Aleksander_Warma, lk 11
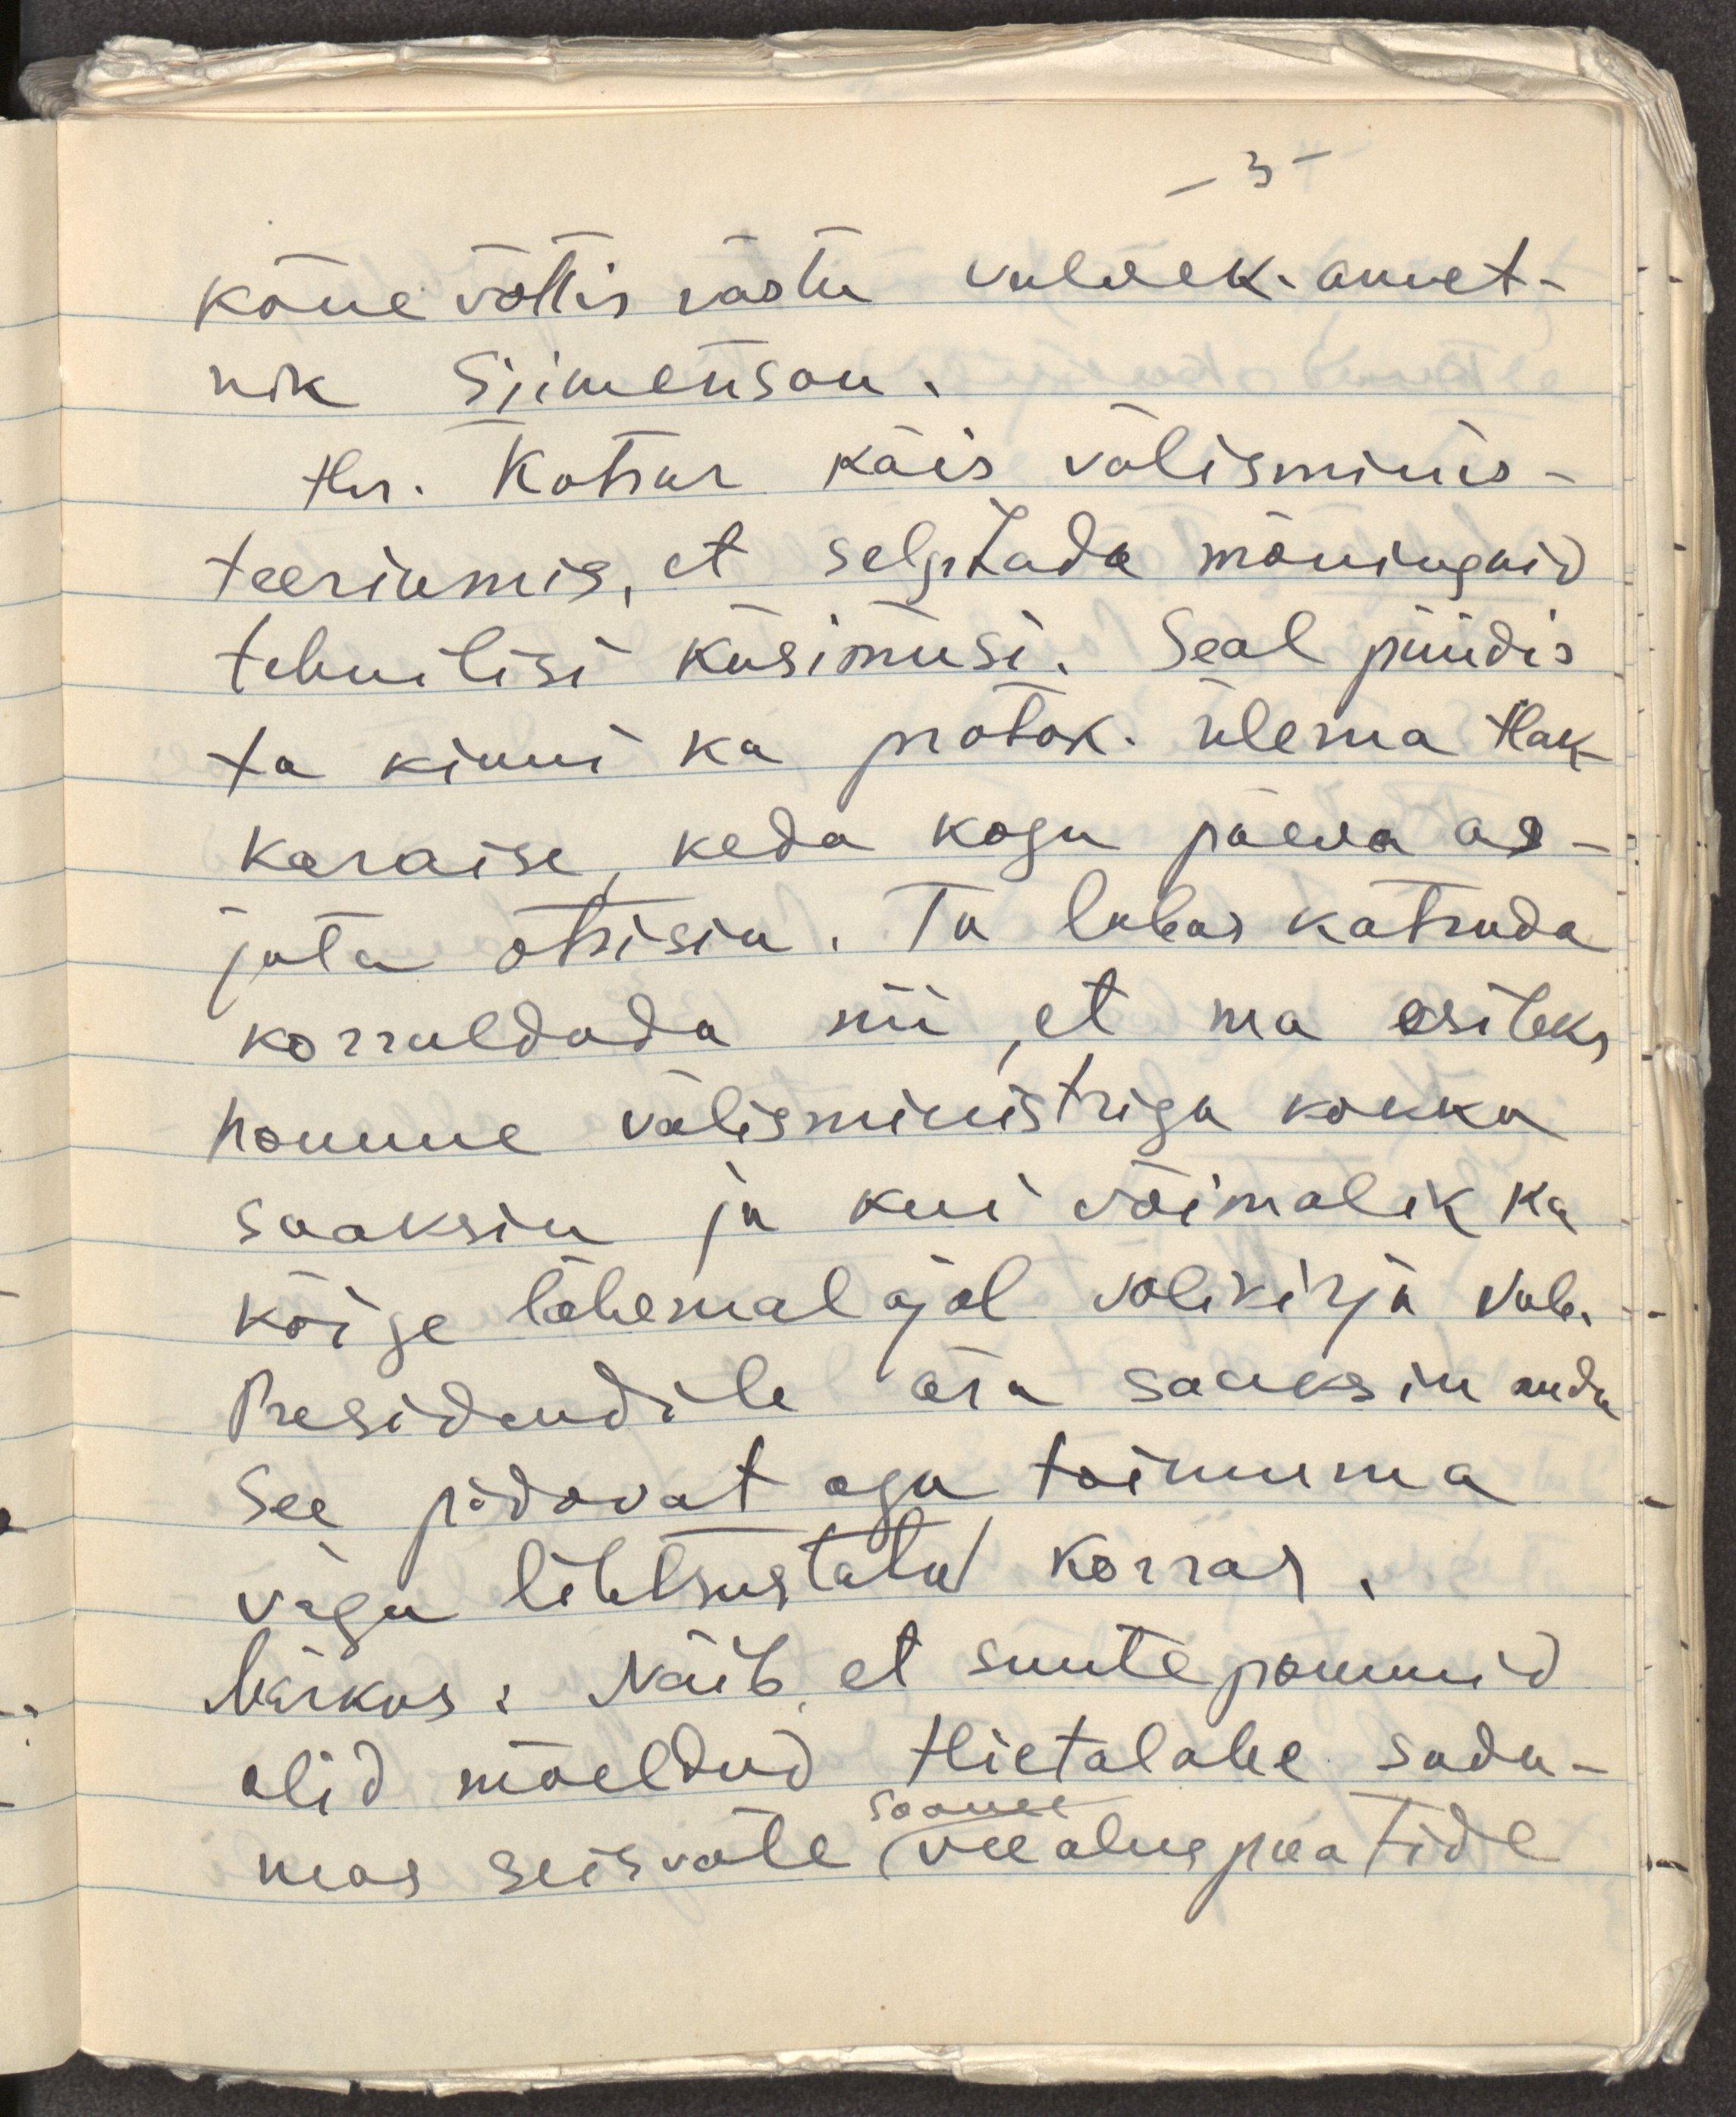
kõne võttis vastu valvek. amet-
nik Siimenson.
Hr. Kotsar käis välisminis-
teeriumis, et selgitada mõningaid
tehnilisi küsimusi. Seal püüdis
ta kinni ka protok. ülema Hak-
Karaise, keda kogu päeva as-
jata otsisin. Ta lubas katsuda
korraldada nii, et ma esiteks
homme välisministriga kokku
saaksin ja kui võimalik ka
kõige lähemal ajal volikirja Vab.
Presidendile ära saaksin anda
See pidavat aga toimuma
väga lihtsustatu korras.
Märkus: Näib, et suutepommid
olid mõeldud Hietalahe sada-
mas seisvale Soome veealuspaatide